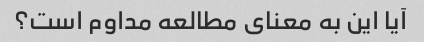
آیا این به معنای مطالعه مداوم است؟